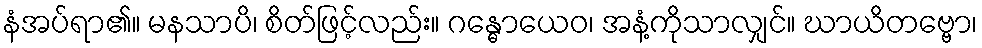
နံအပ်ရာ၏။ မနသာပိ၊ စိတ်ဖြင့်လည်း။ ဂန္ဓောယေဝ၊ အနံ့ကိုသာလျှင်။ ဃာယိတဗ္ဗော၊